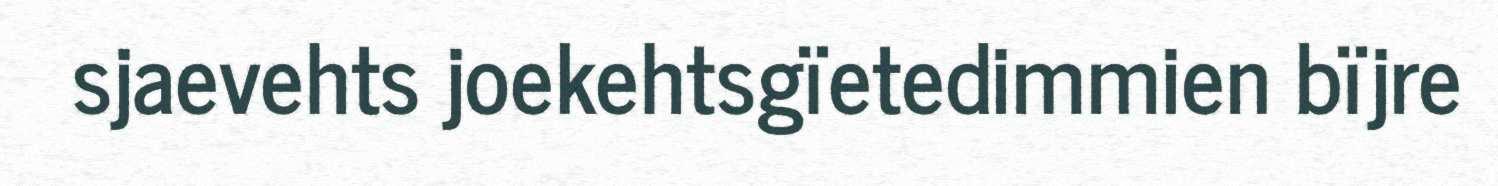
sjaevehts joekehtsgïetedimmien bïjre